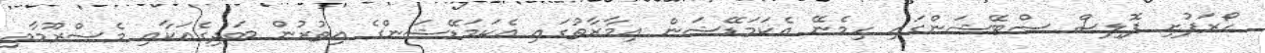
ހޯރަފުށި ޕޮލިސް ސްޓޭޝަންގައި ހިމެނޭ އެކަމަޑޭޝަން އިމާރާތުގައި އެކަމަޑޭޝަންގެ އިތުރުން ބަދިގެއަކާއި މެސްރޫމާއި